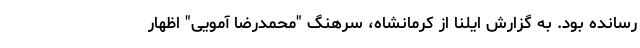
رسانده بود. به گزارش ایلنا از کرمانشاه، سرهنگ "محمدرضا آمویی" اظهار